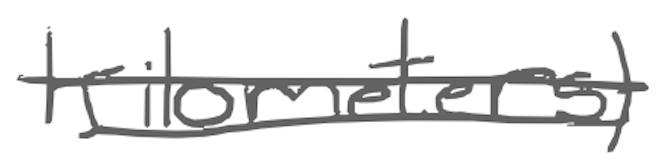
Text: kilometers)
Cross-out: double-line
Writing tool: digital_gray